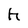
Character: h